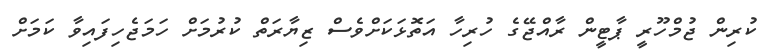
ކުރިން ޖުމްހޫރީ ޕާޓީން ރާއްޖޭގެ ހުރިހާ އަތޮޅަކަށްވެސް ޒިޔާރަތް ކުރުމަށް ހަމަޖެހިފައިވާ ކަމަށް